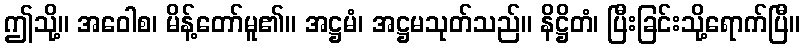
ဤသို့။ အဝေါစ၊ မိန့်တော်မူ၏။ အဋ္ဌမံ၊ အဋ္ဌမသုတ်သည်။ နိဋ္ဌိတံ၊ ပြီးခြင်းသို့ရောက်ပြီ။